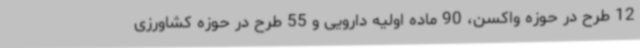
12 طرح در حوزه واکسن، 90 ماده اولیه دارویی و 55 طرح در حوزه کشاورزی